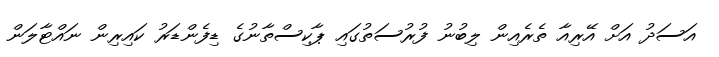
އަސަދު އަށް އޭރިއާ ތެރެއިން ލިބުނު ފުރުސަތުގައި ޕާކިސްތާނުގެ ޑިފެންޑަރު ކައިރިން ނައްޓާލަން